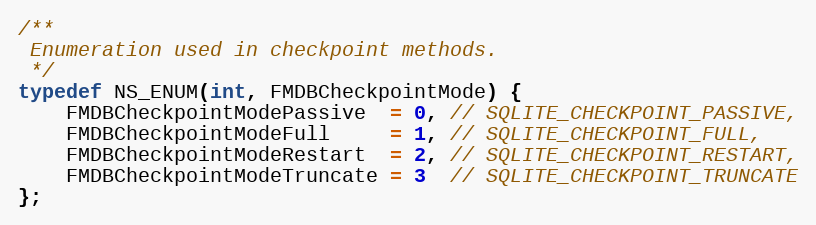
Language: C
/**
 Enumeration used in checkpoint methods.
 */
typedef NS_ENUM(int, FMDBCheckpointMode) {
    FMDBCheckpointModePassive  = 0, // SQLITE_CHECKPOINT_PASSIVE,
    FMDBCheckpointModeFull     = 1, // SQLITE_CHECKPOINT_FULL,
    FMDBCheckpointModeRestart  = 2, // SQLITE_CHECKPOINT_RESTART,
    FMDBCheckpointModeTruncate = 3  // SQLITE_CHECKPOINT_TRUNCATE
};